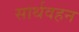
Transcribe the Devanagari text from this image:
सार्थवहन